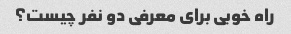
راه خوبی برای معرفی دو نفر چیست؟